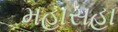
મહાસહા